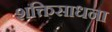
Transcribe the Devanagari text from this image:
शक्तिसाधना